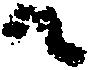
候